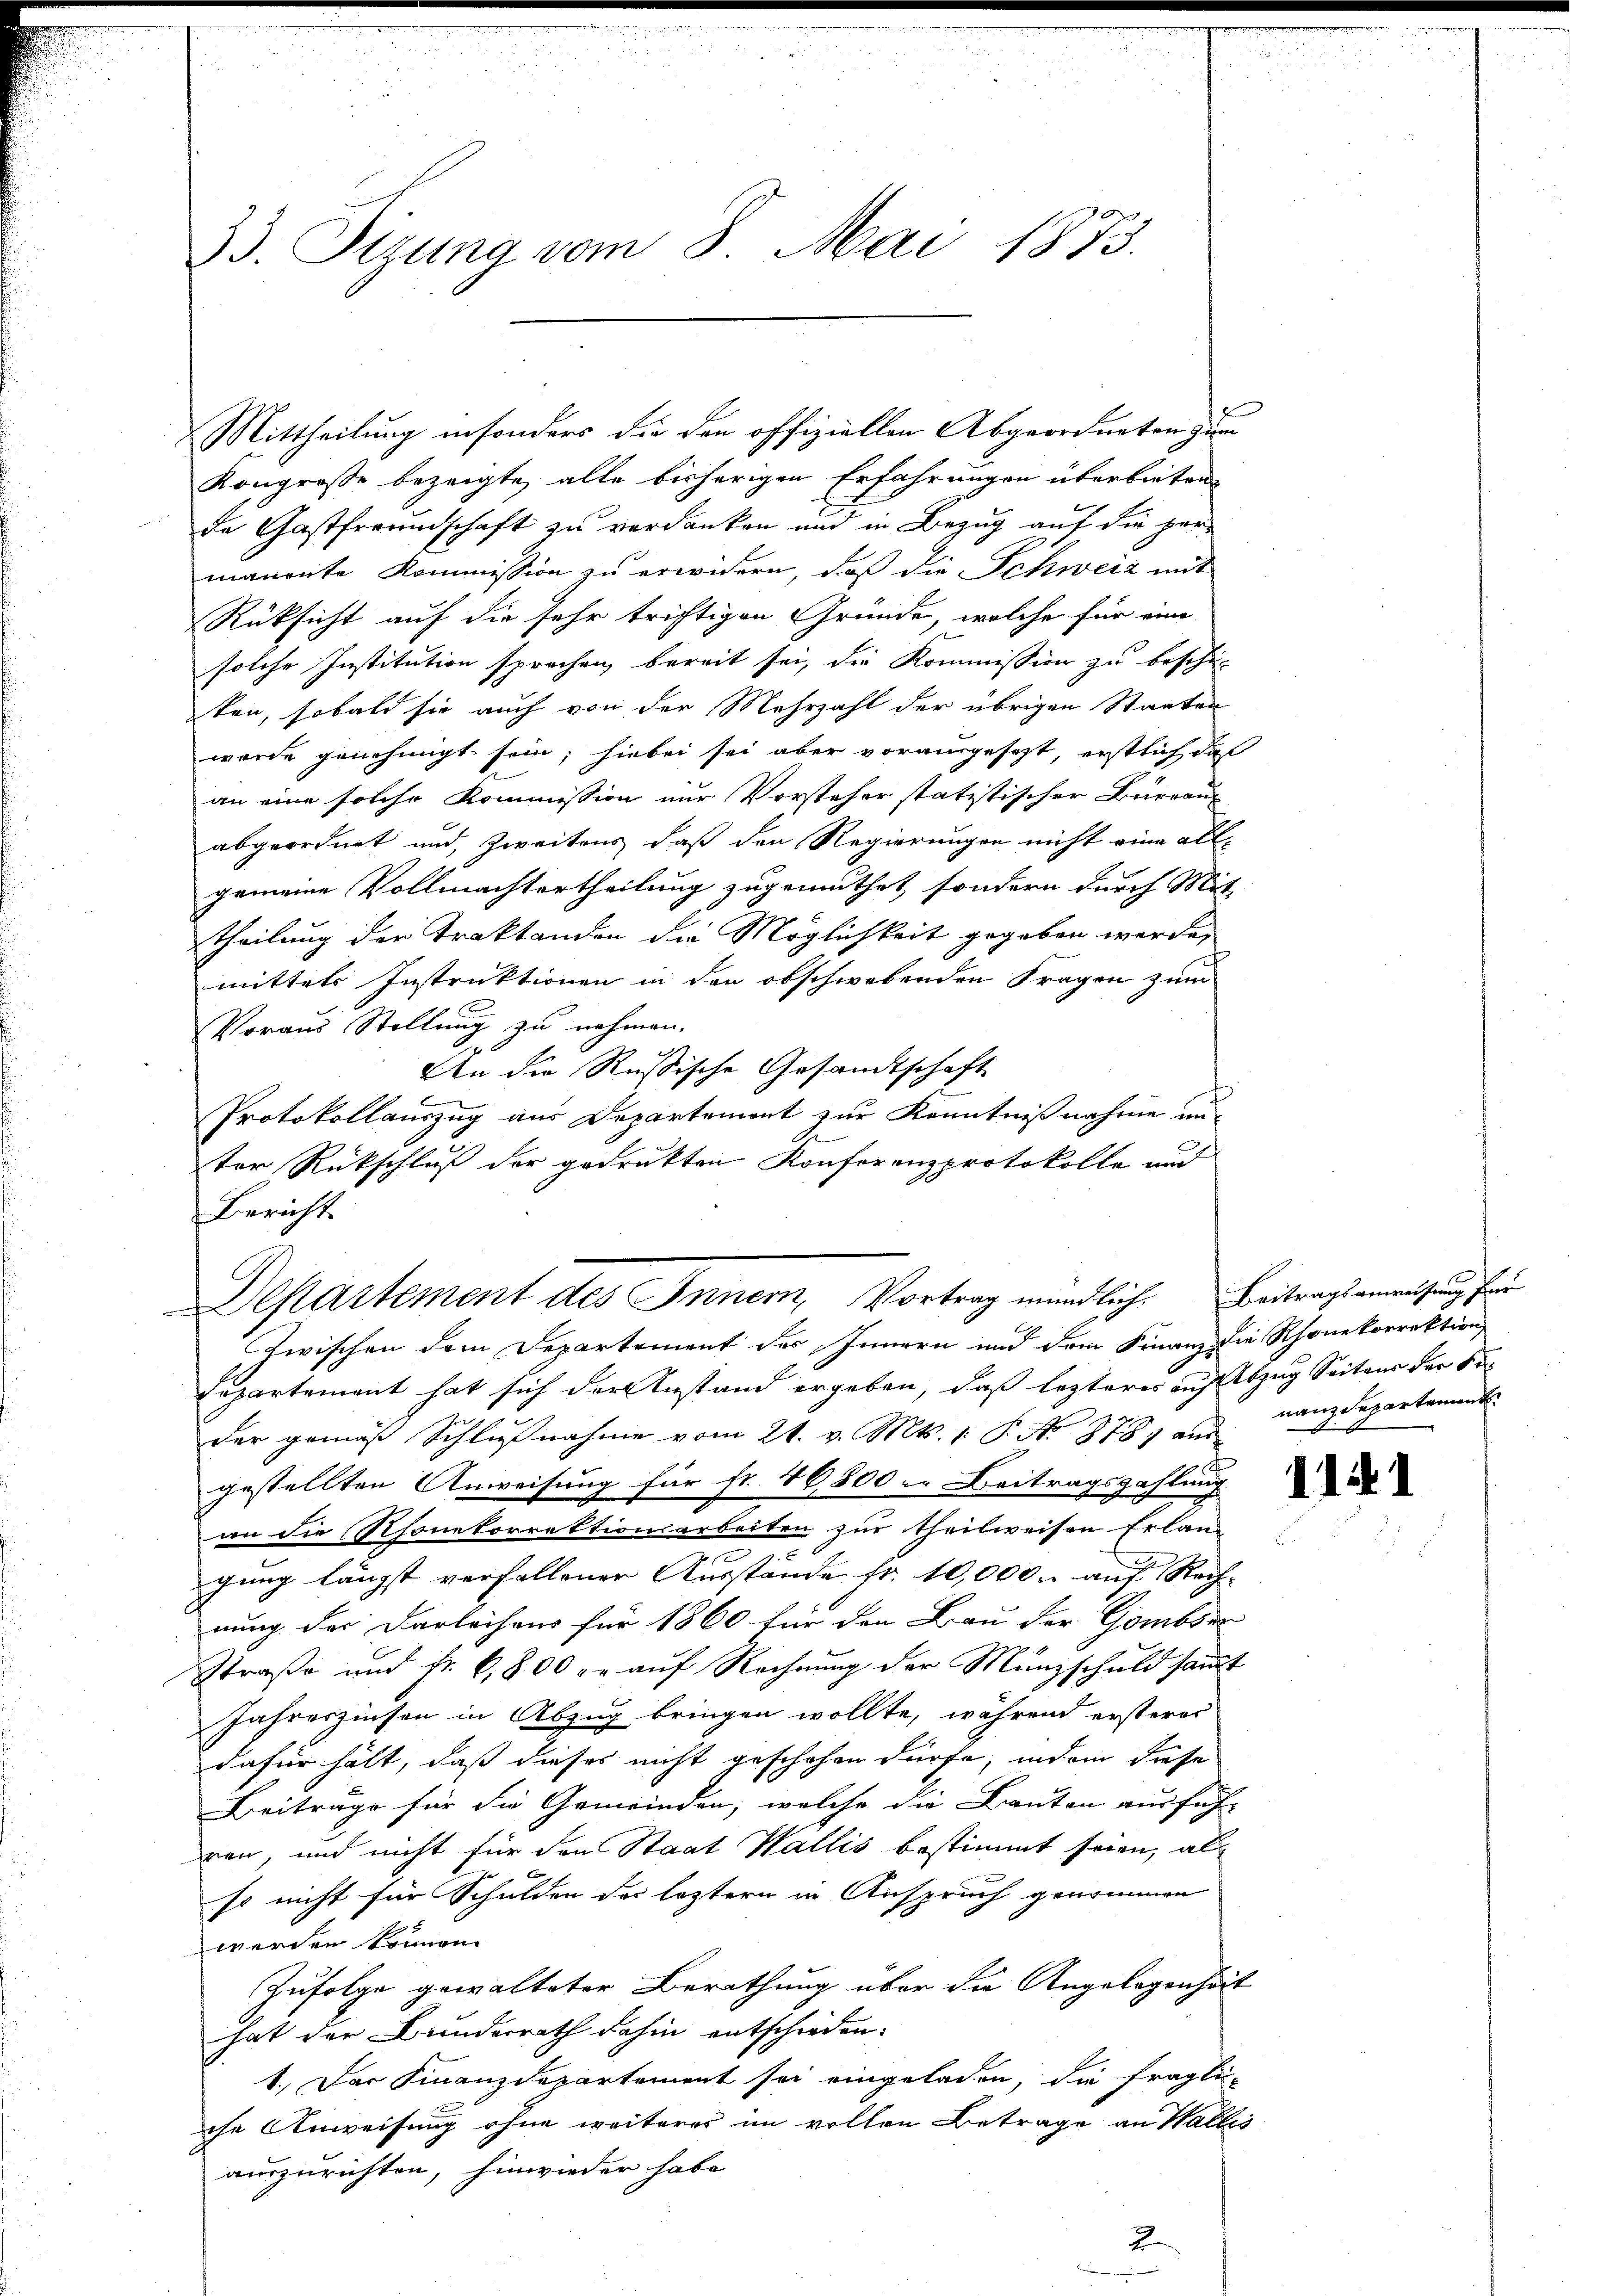
33. Stzung vom 8. Mai 1873.

Mittheilung insonders die den offiziellen Abgeordneten zum
Kongresse bezeigte, alle bisherigen Erfahrungen überbieten
de Gastfreundschaft zu verdanken und in Bezug auf die permanonte Kommission zu erwidern, daß die Schweiz mit
Rüksicht auf die sehr trichtigen Gründe, welche für eine
solche Institution sprachen, bereit sei, die Kommission zu beschic
ten, sobald sie auch von der Mehrzahl der übrigen Staaten
werde genehmigt sein; hiebei sei aber vorausgesezt, erstlich das
an eine solche Kommission nur Vorsteher statistischer Burraus
abgeordnet und Zweitens, daß den Regierungen nicht eine allgemeine Vollmachtertheilung zugemuthet, sondern durch Mit-
theilung der Traktanden die Möglichkeit gegeben werde,
mittels Instruktionen in den obschwebenden Fragen zum
Voraus Stellung zu nehmen.
An die Russische Gesandtschaft
B
Protokollauszug aus Departement zur Kenntnißnahme un-
ter Rückschluß der gedrukten Konferenzprotokolle und
Bericht
Zwischen dem Departement des Innern und dem Finanz die Rhonekorrektion
Departement hat sich der Anstand ergeben, daß lezteres auf Abzug Seitens der Fider gemäβ Schlŭβnahme vom 21. v. Mts. 1. P. No. 378. aus
gestellten Anweisung für fr. 46,800 u. Beitragszahlung
an die Rhonetorrektionsarbeiten zur theilweisen Erlang
gung längst verfallener Ausstände fr. 10,000. auf Rech-
nung der Darlehres für 1860 für den Bau der Gombser
Straße und fr. 6,800 ge auf Rechnung der Münzschuld sammt
Jahreszinsen in Abzug bringen wollte, während ersterer
dafür hält, daß dieses nicht geschehen dürfe, indem diese
Beiträge für die Gemeinden, welche die Bauten ausfüh-
ren, und nicht für den Staat Wallis bestimmt seien, als
so nicht für Schulden des leztern in Anspruch genommen
werden können.
Zufolge gewalteter Berathung über die Angelegenheit
hat der Bunderrath dahin entschieden.
1.) Der Finanzdepartement sei eingeladen, die fragliche Anweisung ohne weiteres im vollen Betrage an Wallis
auszurichten, hinwieder habe
2

Departement des Innern, Vortrag mündlich. Beitrags anweisung für

nanzdepartement

1141